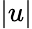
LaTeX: \lvert u\rvert